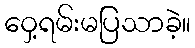
ဝှေ့ရမ်းမပြသာခဲ့။